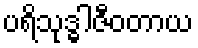
ပရိသုဒ္ဓါဇီဝတာယ